Annual report of the Central Committee of the Association together with the report of the directors of the Pasteur Institute at Kasauli
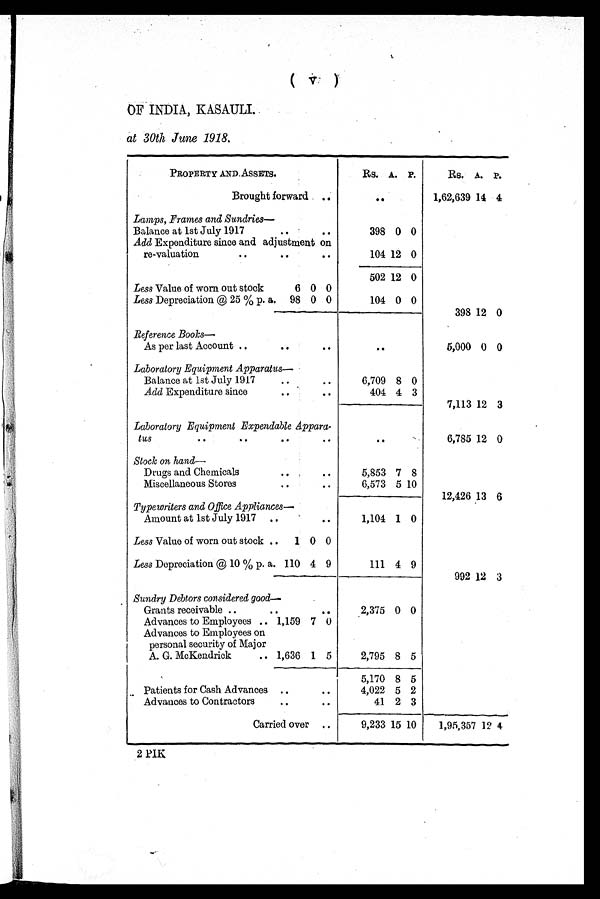
(v)
OF INDIA, KASAULI.
at 30th June 1918.
PROPERTY AND ASSETS.
Rs. A. P.
Rs. A. P.
Brought forward
. .
1,62,639 14 4
Lamps, Frames and Sundries—
Balance at 1st July 1917
398 0 0
Add Expenditure since and adjustment on
re-valuation
104 12 0
502 12 0
Less Value of worn out stock
6 0 0
Less Depreciation @ 25 % p. a. 98 0 0
104 0 0
398 12 0
Reference Books—
As per last Account
. .
5,000 0 0
Laboratory Equipment Apparatus—
Balance at 1st July 1917
Add Expenditure since
6,709
404
8
4
0
3
7,113 12 3
Laboratory Equipment Expendable Appara-
tus
. .
6,785 12 0
Stock on hand—
Drugs and Chemicals
Miscellaneous Stores
5,853
6,573
7
5
8
10
12,426 13 6
Typewriters and Office Appliances—
Amount at 1st July 1917
1,104 1 0
Less Value of worn out stock
1 0 0
Less Depreciation @ 10 % p. a. 110 4 9
111 4 9
992 12 3
Sundry Debtors considered good—
Grants receivable
2,375 0 0
Advances to Employees
Advances to Employees on
personal security of Major
1,159 7 0
A. G. McKendrick 1,636 1 5
2,795 8 5
5,170 8 5
Patients for Cash Advances
4,022 5 2
Advances to Contractors
41 2 3
Carried over
9,233 15 10
1,95,357 12 4
2 PIK